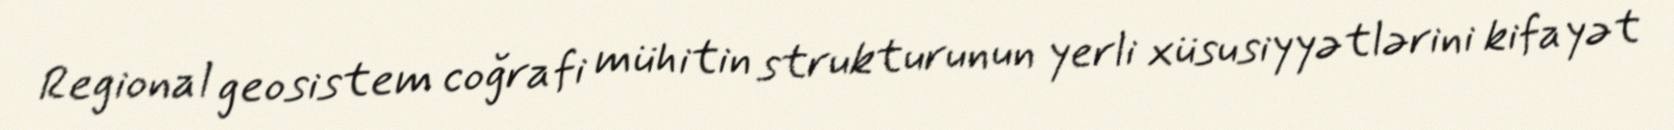
Regional geosistem coğrafi mühitin strukturunun yerli xüsusiyyətlərini kifayət